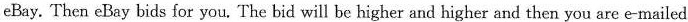
eBay. Then eBay bids for you. The bid will be higher and higher and then you are e-mailed